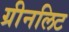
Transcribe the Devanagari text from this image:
ग्रीनलिट